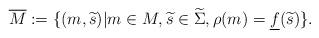
LaTeX: \begin{align*}\overline{M} := \{ (m, \widetilde{s}) | m \in M, \widetilde{s} \in \widetilde{\Sigma} , \rho(m) = \underline{f}(\widetilde{s})\}.\end{align*}